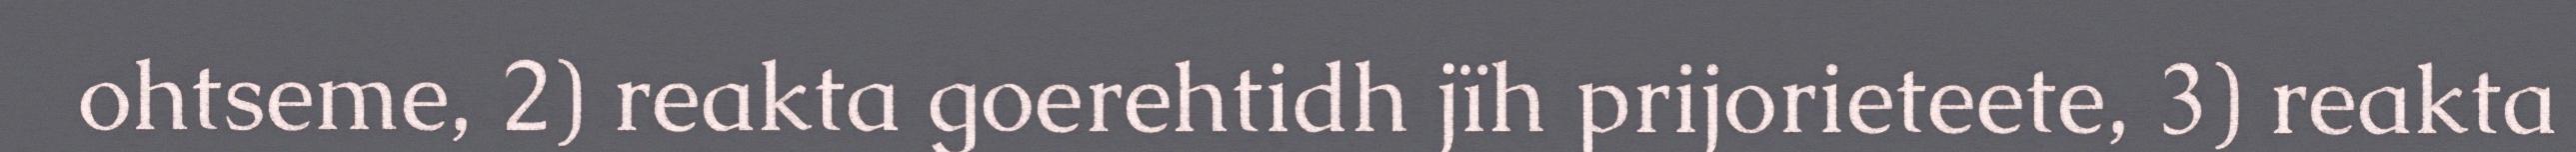
ohtseme, 2) reakta goerehtidh jïh prijorieteete, 3) reakta